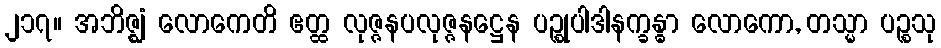
၂၁၇။ အဘိဇ္ဈံ လောကေတိ ဧတ္ထ လုဇ္ဇနပလုဇ္ဇနဋ္ဌေန ပဉ္စုပါဒါနက္ခန္ဓာ လောကော, တသ္မာ ပဉ္စသု